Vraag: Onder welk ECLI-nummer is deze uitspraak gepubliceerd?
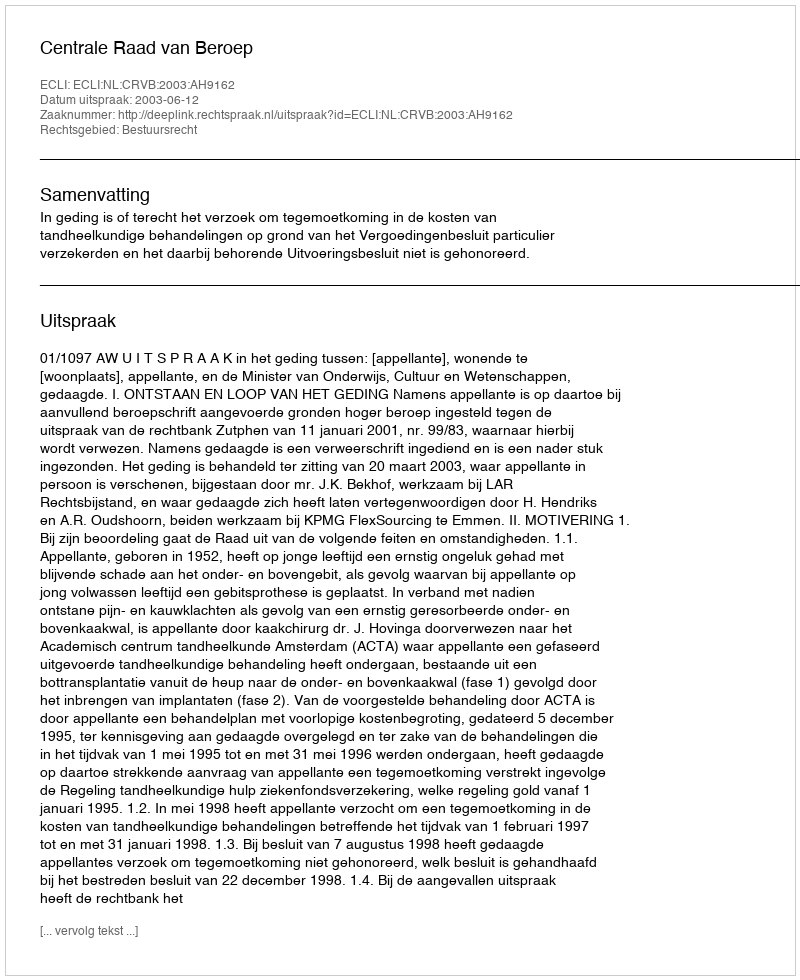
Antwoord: ECLI:NL:CRVB:2003:AH9162